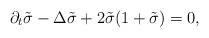
LaTeX: \begin{align*}\partial_t \tilde{\sigma} -\Delta \tilde{\sigma} +2\tilde{\sigma}(1+\tilde{\sigma})=0, \end{align*}